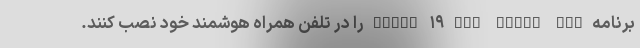
برنامه Covid-۱۹ DXB Smart App را در تلفن همراه هوشمند خود نصب کنند.